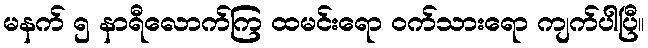
မနက် ၅ နာရီလောက်ကြ ထမင်းရော ဝက်သားရော ကျက်ပါပြီ။